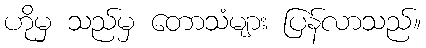
ဟိုမှ သည်မှ တောသံများ ပြန်လာသည်။